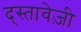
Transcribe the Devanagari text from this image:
द्स्तावेज़ी